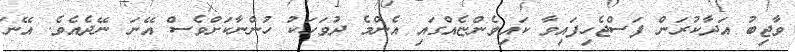
ވާޖިބު އަދާކުރަން ފަސްޖެހިފައިވާ ކައިވެންޏެއްގައި އެންމެ ދުވަހަކު ހުންނާކަށްވެސް އޭނަ ނޭދެއެވެ. އޭނަ